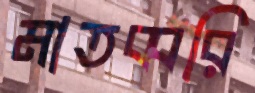
মাতব্বরি